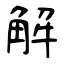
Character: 解